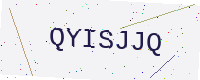
Text: QYISJJQ